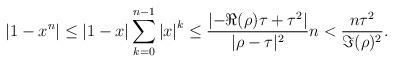
LaTeX: \begin{align*}\left|1-x^n\right|\le\left|1-x\right|\sum\limits_{k=0}^{n-1}\left|x\right|^k\le \frac{\left|-\Re(\rho)\tau+\tau^2\right|}{|\rho-\tau|^2}n< \frac{n\tau^2}{\Im(\rho)^2}.\end{align*}